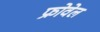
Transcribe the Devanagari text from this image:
फ्रोवेल